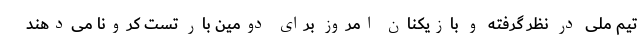
تیم ملی در نظر گرفته و بازیکنان امروز برای دومین بار تست کرونا می‌دهند